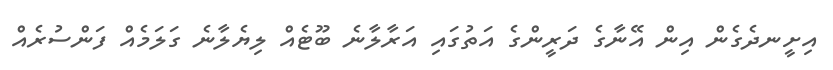
އިށީނދެގެން އިން އޭނާގެ ދަރީންގެ އަތުގައި އަރާލާނެ ބޫޓެއް ލިޔެލާނެ ގަލަމެއް ފަންސުރެއް